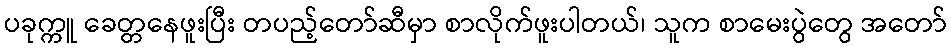
ပခုက္ကူ ခေတ္တနေဖူးပြီး တပည့်တော်ဆီမှာ စာလိုက်ဖူးပါတယ်၊ သူက စာမေးပွဲတွေ အတော်